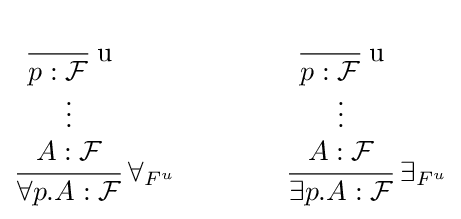
{\cfrac {\begin{matrix}{\cfrac {}{p:{\mathcal {F}}}}{\hbox{ u}}\\\vdots \\A:{\mathcal {F}}\\\end{matrix}}{\forall p.A:{\mathcal {F}}}}\;\forall _{F^{u}}\qquad \qquad {\cfrac {\begin{matrix}{\cfrac {}{p:{\mathcal {F}}}}{\hbox{ u}}\\\vdots \\A:{\mathcal {F}}\\\end{matrix}}{\exists p.A:{\mathcal {F}}}}\;\exists _{F^{u}}